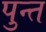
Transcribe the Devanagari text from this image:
पुन्त